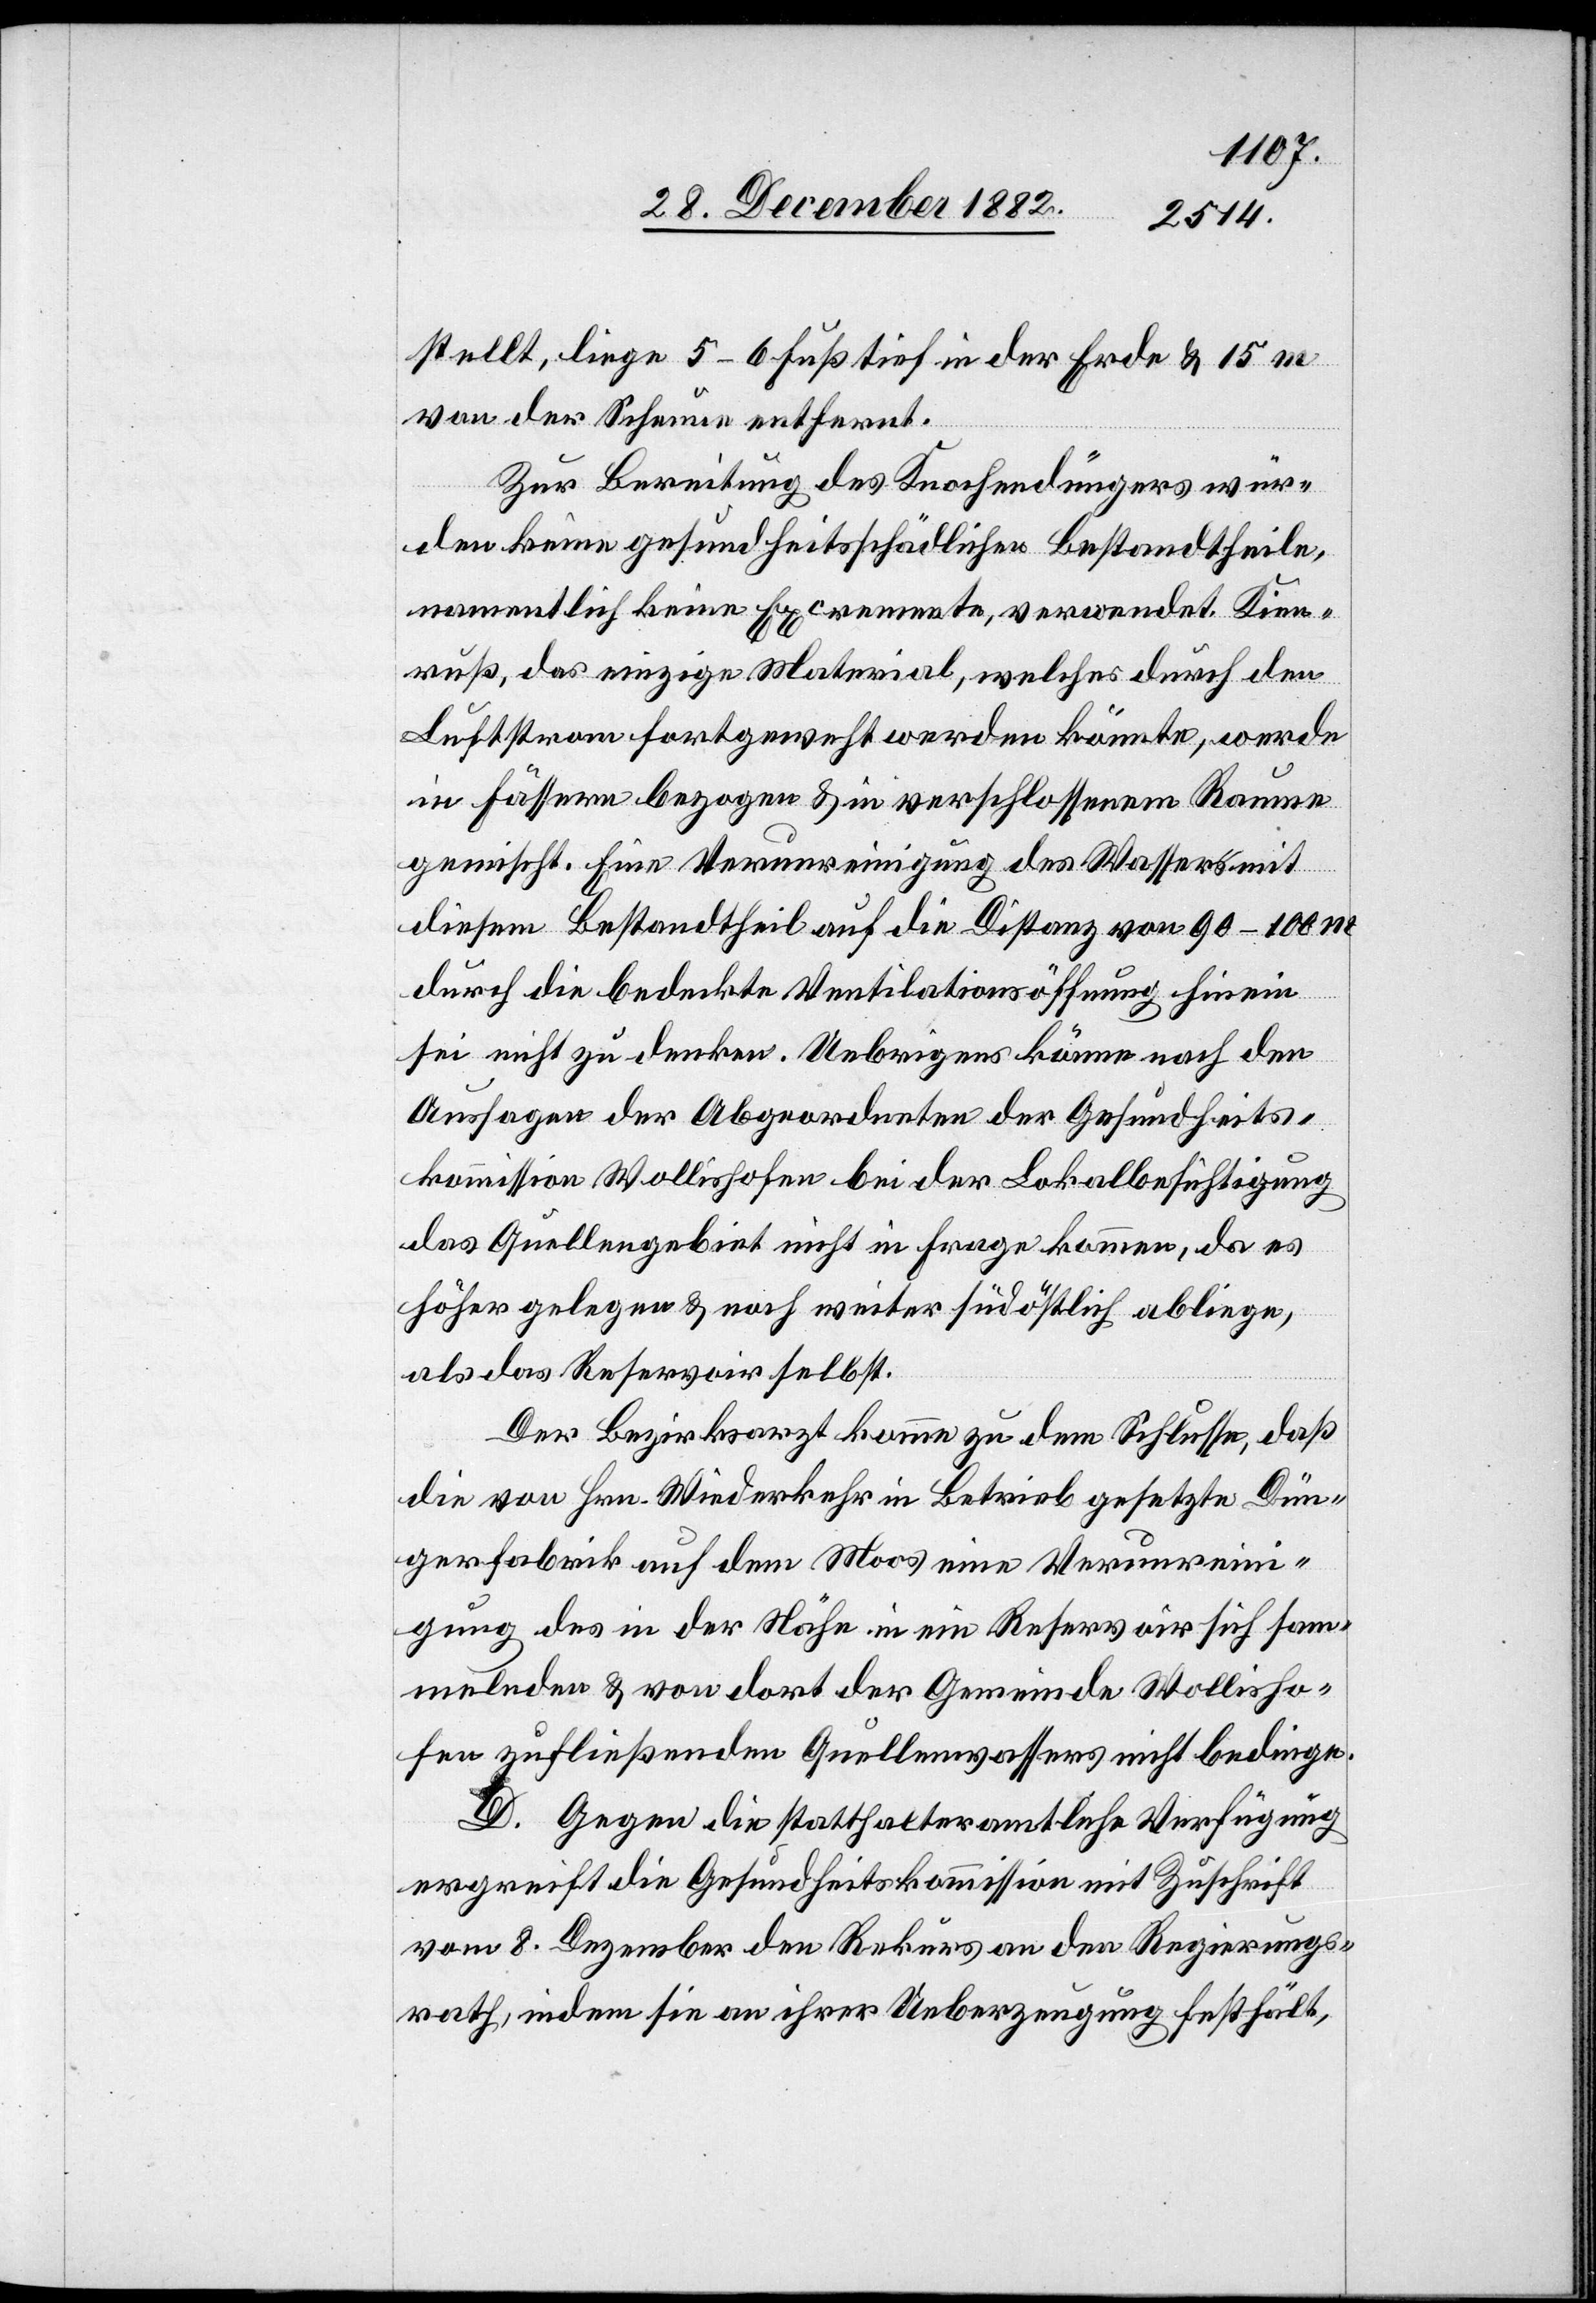
stellt, liege 5–6 Fuß tief in der Erde & 15 m
von der Scheune entfernt.
Zur Bereitung des Knochendüngers wür¬
den keine gesundheitsschädlichen Bestandtheile,
namentlich keine Excremente, verwendet. Kien¬
ruß, das einzige Material, welches durch den
Luftstrom fortgeweht werden könnte, werde
in Fässern bezogen & in verschlossenem Raume
gemischt. Eine Verunreinigung des Wassers mit
diesem Bestandtheil auf die Distanz von 90–100
durch die bedeckte Ventilationsöffnung hinein
sei nicht zu denken. Uebrigens können nach den
Aussagen der Abgeordneten der Gesundheits¬
kommission Wollishofen bei der Lokalbesichtigung
das Quellengebiet nicht in frage kommen, da es
höher gelegen & noch weiter südöstlich abliege,
als das Reservoir selbst.
Der Bezirksarzt komme zu dem Schlusse, daß
die von Hrn. Wiederkehr in Betrieb gesetzte Dün¬
gerfabrik auf dem Moos eine Verunrein¬
igung des in der Nähe in ein Reservoir sich sam¬
melnden & von dort der Gemeinde Wollisho¬
fen zufließenden Quellenwassers nicht bedinge.
D. Gegen die statthalteramtliche Verfügung
ergreift die Gesundheitskommission mit Zuschrift
vom 8. Dezember den Rekurs an den Regierungs¬
rath, indem sie an ihrer Ueberzeugung festhält,